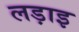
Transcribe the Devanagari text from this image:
लड़ाइ